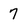
Character: 7